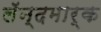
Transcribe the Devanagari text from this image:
लॅन्दमार्क